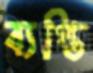
ব্যপ্তি